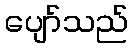
ပျော်သည်